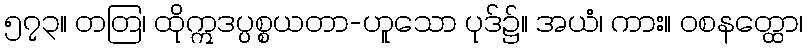
၅၇၃။ တတြ၊ ထိုဣဒပ္ပစ္စယတာ-ဟူသော ပုဒ်၌။ အယံ၊ ကား။ ဝစနတ္ထော၊